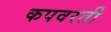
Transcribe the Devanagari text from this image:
कपवरती